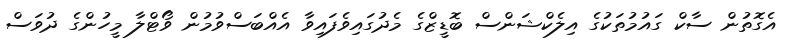
އެގޮތުން ސާކް ގައުމުތަކުގެ އިލެކްޝަންސް ބޮޑީޒްގެ މެދުގައިވެފައިވާ އެއްބަސްވުމުން ވޯޓްލާ މީހުންގެ ދުވަސް